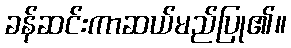
ခန်ဆင်းကာဆယ်မည်ပြု၏။